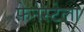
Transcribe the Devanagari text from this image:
फ़ेनेस्टेला